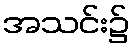
အသင်း၌